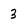
Character: 3